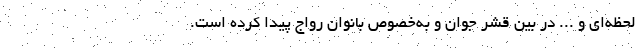
لحظه‌ای و ... در بین قشر جوان و به‌خصوص بانوان رواج پیدا کرده است.